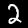
Label: 2